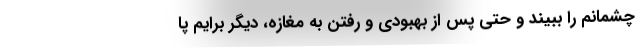
چشمانم را ببیند و حتی پس از بهبودی و رفتن به مغازه، دیگر برایم پا